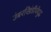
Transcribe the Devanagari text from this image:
उंबरखिंडीचेंयुद्ध